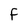
Character: F